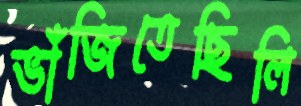
ভাঁজিতেছিলি